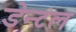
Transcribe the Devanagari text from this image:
डेन्टल